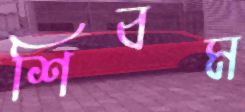
শিবম